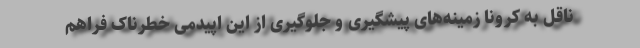
ناقل به کرونا زمینه‌های پیشگیری و جلوگیری از این اپیدمی خطرناک فراهم